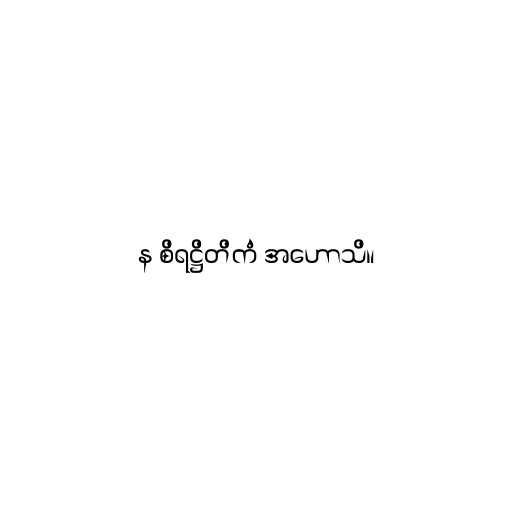
န စိရဋ္ဌိတိကံ အဟောသိ။